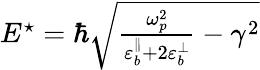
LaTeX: \begin{array}{r}{E^{\star}=\hbar\sqrt{\frac{\omega_{p}^{2}}{\varepsilon_{b}^{\parallel}+2\varepsilon_{b}^{\bot}}-\gamma^{2}}}\end{array}